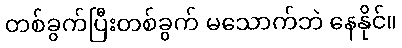
တစ်ခွက်ပြီးတစ်ခွက် မသောက်ဘဲ နေနိုင်။